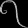
Digit: ၇